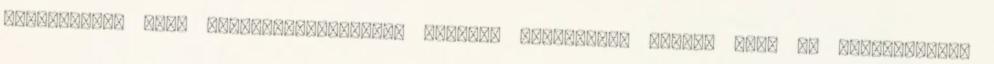
energetikai célú növénytermesztésre történõ átállítása azért, hogy az intervenciós